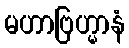
မဟာဗြဟ္မာနံ